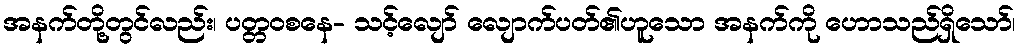
အနက်တို့တွင်လည်း၊ ပတ္တဝစနေ- သင့်လျော် လျောက်ပတ်၏ဟူသော အနက်ကို ဟောသည်ရှိသော်၊